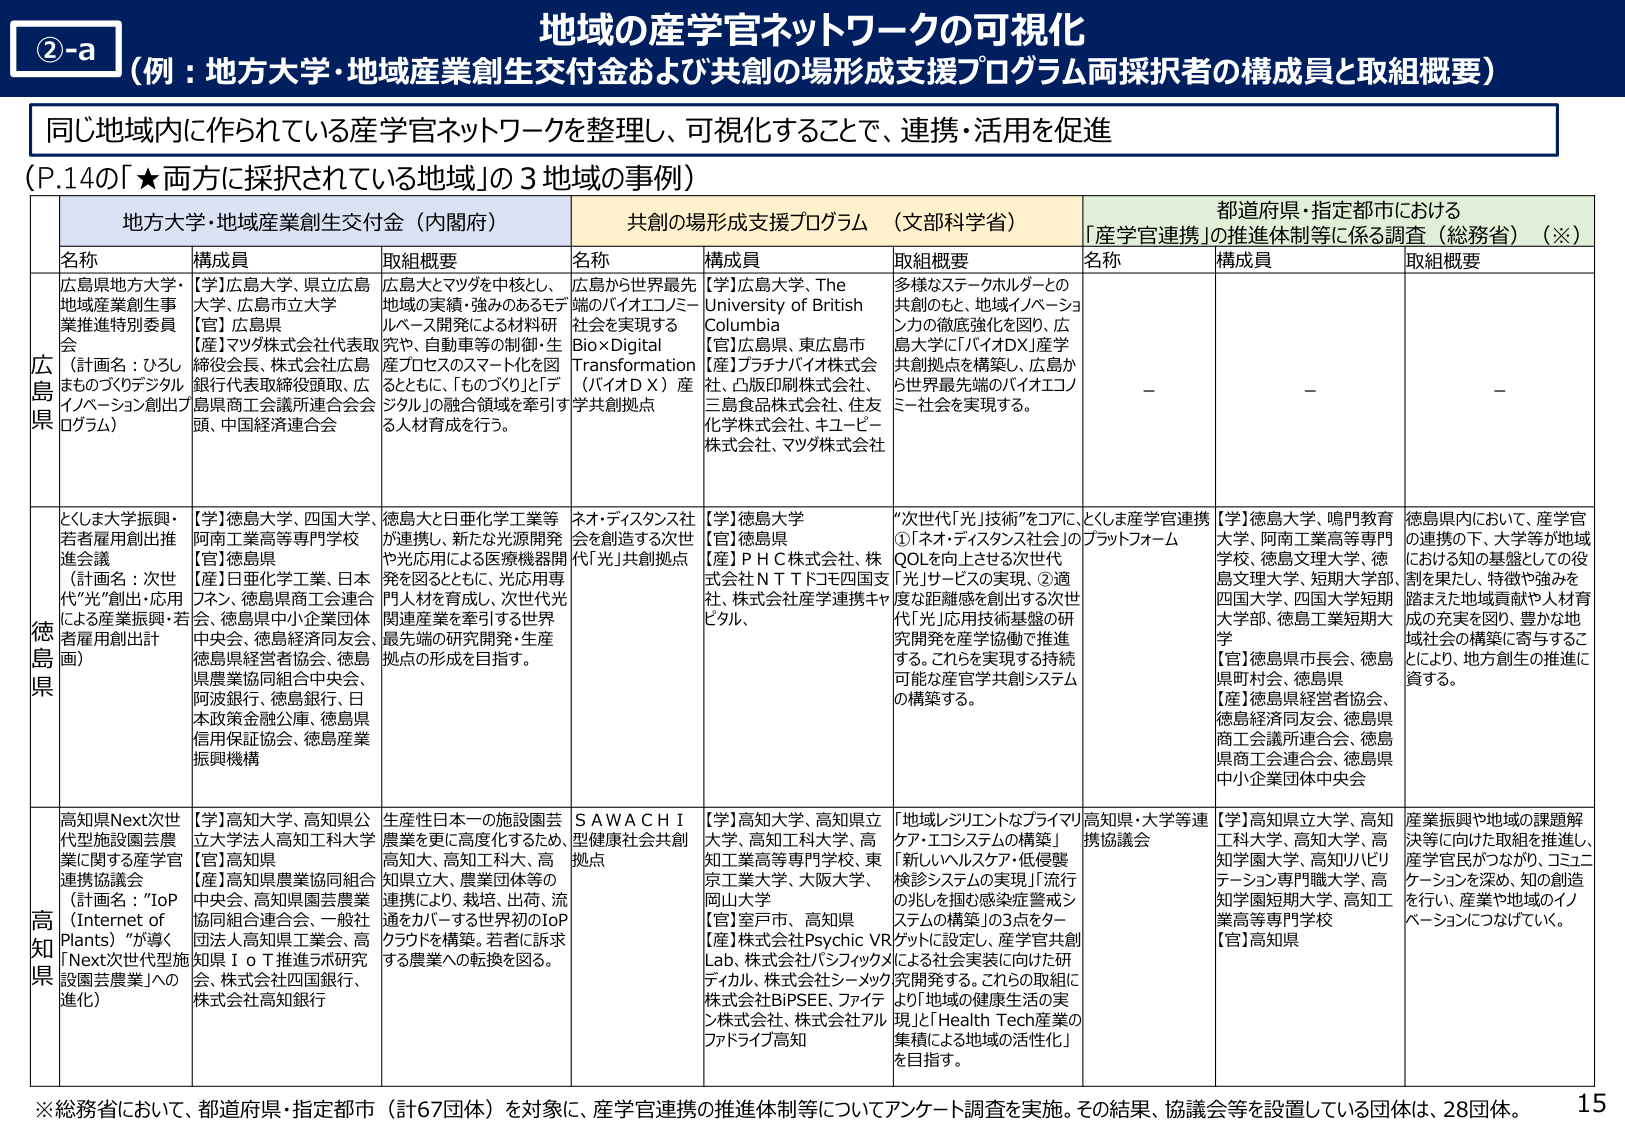
②-a
地域の産学官ネットワークの可視化
（例：地方大学・地域産業創生交付金および共創の場形成支援プログラム両採択者の構成員と取組概要）

同じ地域内に作られている産学官ネットワークを整理し、可視化することで、連携・活用を促進

（P.14の「★両方に採択されている地域」の3地域の事例）

| | 地方大学・地域産業創生交付金（内閣府） | | 共創の場形成支援プログラム（文部科学省） | | 都道府県・指定都市における「産学官連携」の推進体制等に係る調査（総務省）（※） | |
|---|---|---|---|---|---|---|
| | 名称 | 構成員 | 取組概要 | 名称 | 構成員 | 取組概要 | 名称 | 構成員 | 取組概要 |
| **広島県** | 広島県地方大学・地域産業創生事業推進特別委員会（計画名：ひろしまものづくりデジタルイノベーション創出プログラム） | 【学】広島大学、県立広島大学、広島市立大学<br>【官】広島県<br>【産】マツダ株式会社代表取締役会長、株式会社広島銀行代表取締役頭取、広島県商工会議所連合会会頭、中国経済連合会 | 広島大とマツダを中核とし、地域の実績・強みのあるモデルベース開発による材料研究や、自動車等の制御・生産プロセスのスマート化を図るとともに、「ものづくり」と「デジタル」の融合領域を牽引する人材育成を行う。 | 広島から世界最先端のバイオエコノミー社会を実現するBio×Digital Transformation（バイオＤＸ）産学共創拠点 | 【学】広島大学、The University of British Columbia<br>【官】広島県、東広島市<br>【産】プラチナバイオ株式会社、凸版印刷株式会社、三島食品株式会社、住友化学株式会社、キューピー株式会社、マツダ株式会社 | 多様なステークホルダーとの共創のもと、地域イノベーション力の徹底強化を図り、広島大学に「バイオDX」産学共創拠点を構築し、広島から世界最先端のバイオエコノミー社会を実現する。 | — | — | — |
| **徳島県** | とくしま大学振興・若者雇用創出推進会議（計画名：次世代「光」創出・応用による産業振興・若者雇用創出計画） | 【学】徳島大学、四国大学、阿南工業高等専門学校<br>【官】徳島県<br>【産】日亜化学工業、日本フォン、徳島県商工会連合会、徳島県中小企業団体中央会、徳島経済同友会、徳島県経営者協会、徳島県農業協同組合中央会、阿波銀行、徳島銀行、日本政策金融公庫、徳島県信用保証協会、徳島産業振興機構 | 徳島大と日亜化学工業等が連携し、新たな光源開発や光応用による医療機器開発を図るとともに、光応用専門人材を育成し、次世代光関連産業を牽引する世界最先端の研究開発・生産拠点の形成を目指す。 | ネオ・ディスタンス社会を創造する次世代「光」共創拠点 | 【学】徳島大学<br>【官】徳島県<br>【産】ＰＨＣ株式会社、株式会社ＮＴＴドコモ四国支社、株式会社産学連携キャピタル | “次世代「光」技術”をコアに、①「ネオ・ディスタンス社会」のQOLを向上させる次世代「光」サービスの実現、②適度な距離感を創出する次世代「光」応用技術基盤の研究開発を産学協働で推進する。これを実現する持続可能な産官学共創システムの構築する。 | とくしま産学官連携プラットフォーム | 【学】徳島大学、鳴門教育大学、阿南工業高等専門学校、徳島文理大学、徳島文理大学、短期大学部、四国大学、四国大学短期大学部、徳島工業短期大学<br>【官】徳島県市長会、徳島県町村会、徳島県<br>【産】徳島県経営者協会、徳島経済同友会、徳島県商工会議所連合会、徳島県商工会連合会、徳島県中小企業団体中央会 | 徳島県内において、産学官の連携の下、大学等が地域における知の基盤としての役割を果たし、特徴や強みを踏まえた地域貢献や人材育成の充実を図り、豊かな地域社会の構築に寄与することにより、地方創生の推進に資する。 |
| **高知県** | 高知県Next次世代型施設園芸農業に関する産学官連携協議会（計画名：“IoP（Internet of Plants）”が導く「Next次世代型施設園芸農業」への進化） | 【学】高知大学、高知県立大学法人高知工科大学<br>【官】高知県<br>【産】高知県農業協同組合中央会、高知県園芸農業協同組合連合会、一般社団法人高知県工業会、高知県ＩｏＴ推進うぶ研究会、株式会社四国銀行、株式会社高知銀行 | 生産性日本一の施設園芸農業を更に高度化するため、高知大、高知工科大、高知県立大、農業団体等の連携により、栽培、出荷、流通をカバーする世界初のIoPクラウドを構築。若者に訴求する農業への転換を図る。 | ＳＡＷＡＣＨＩ型健康社会共創拠点 | 【学】高知大学、高知県立大学、高知工科大学、高知工業高等専門学校、東京工業大学、大阪大学、岡山大学<br>【官】室戸市、高知県<br>【産】株式会社Psychic VR Lab、株式会社パシフィックメディカル、株式会社シーメック、株式会社BiPSEE、ファイテン株式会社、株式会社アルファドライブ高知 | 「地域レジリエントなプライマリケア・エコシステムの構築」「新しいヘルスケア・低侵襲検診システムの実現」「流行の兆しを掴む感染症警戒システムの構築」の3点をターゲットに設定し、産学官共創ラボによる社会実装に向けた研究開発する。これら取組により「地域の健康生活の実現」と「Health Tech産業の集積による地域の活性化」を目指す。 | 高知県・大学等連携協議会 | 【学】高知県立大学、高知工科大学、高知大学、高知学園大学、高知リハビリテーション専門職大学、高知学園短期大学、高知工業高等専門学校<br>【官】高知県 | 産業振興や地域の課題解決等に向けた取組を推進し、産学官民がつながり、コミニュケーションを深め、知の創造を行い、産業や地域のイノベーションにつなげていく。 |

※総務省において、都道府県・指定都市（計67団体）を対象に、産学官連携の推進体制等についてアンケート調査を実施。その結果、協議会等を設置している団体は、28団体。
15